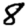
Digit: 8